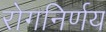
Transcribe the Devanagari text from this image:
रोगनिर्णय